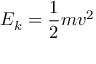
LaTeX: E _ { k } = { \frac { 1 } { 2 } } m v ^ { 2 }